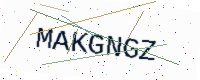
Text: MAKGNGZ